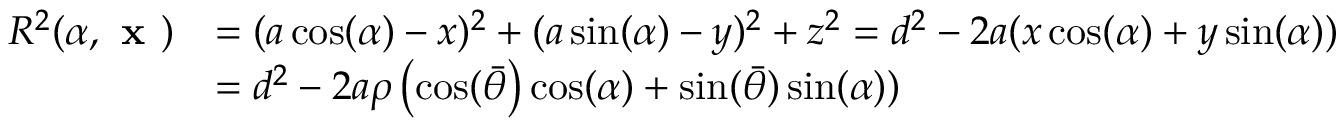
\begin{array} { r l } { R ^ { 2 } ( \alpha , \textbf { x } ) } & { = ( a \cos ( \alpha ) - x ) ^ { 2 } + ( a \sin ( \alpha ) - y ) ^ { 2 } + z ^ { 2 } = d ^ { 2 } - 2 a ( x \cos ( \alpha ) + y \sin ( \alpha ) ) } \\ & { = d ^ { 2 } - 2 a \rho \left( \cos ( \bar { \theta } \right) \cos ( \alpha ) + \sin ( \bar { \theta } ) \sin ( \alpha ) ) } \end{array}